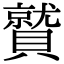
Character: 𮚦